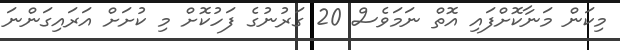
މިކަން މަނާކޮށްފައި އޮތް ނަމަވެސް 20 ގަރުނުގެ ފަހުކޮށް މި ކުށަށް އަރައިގަންނަ